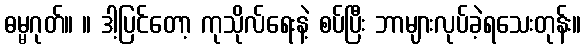
ဓမ္မဂုတ်။ ။ ဒါ့ပြင်တော့ ကုသိုလ်ရေးနဲ့ စပ်ပြီး ဘာများလုပ်ခဲ့ရသေးတုန်း။